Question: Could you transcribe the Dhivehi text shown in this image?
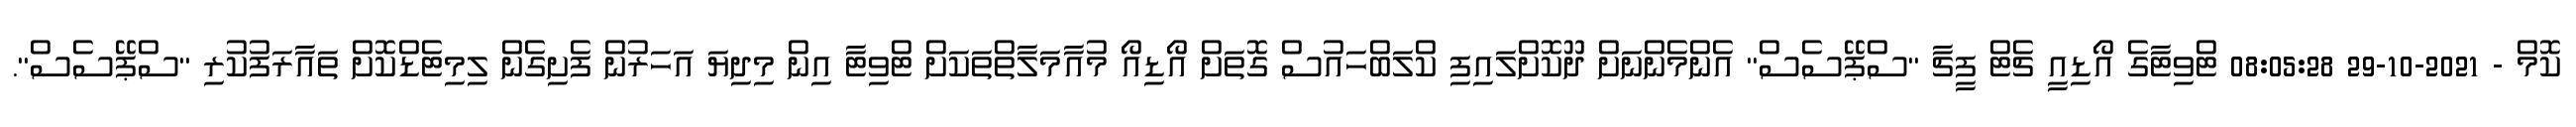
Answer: ކޮމް - 2021-10-29 08:05:28 ޓްވިޓާގެ އޯޑިއީ ޗެޓް ފީޗާ "ސްޕޭސެސް" އެންމެންނަށް ދޫކޮށްލައިފި ކްލަބްހައުސް ގޮތަށް އޯޑިއޯ މުއާމަލާތްތަކަށް ޓްވިޓާ އިން މިދިޔަ އަހަރުން ފެށިގެން ލިމިޓެޑްކޮށް ތައާރަފުކުރި "ސްޕޭސެސް".